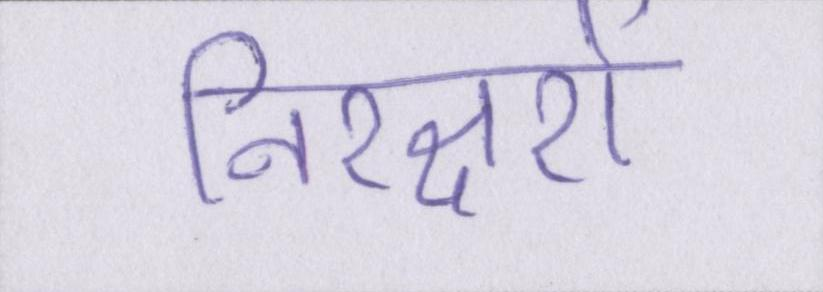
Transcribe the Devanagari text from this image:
निरक्षरों